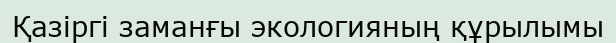
Қазіргі заманғы экологияның құрылымы